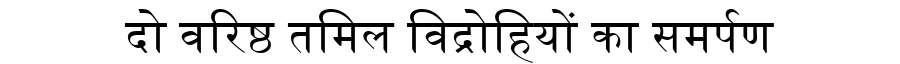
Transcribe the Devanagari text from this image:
दो वरिष्ठ तमिल विद्रोहियों का समर्पण